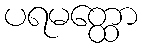
ပရမတ္ထော